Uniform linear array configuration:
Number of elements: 8
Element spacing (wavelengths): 0.75
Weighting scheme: uniform
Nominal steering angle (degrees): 60
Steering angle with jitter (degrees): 61.575
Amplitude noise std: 0.05
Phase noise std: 0.05

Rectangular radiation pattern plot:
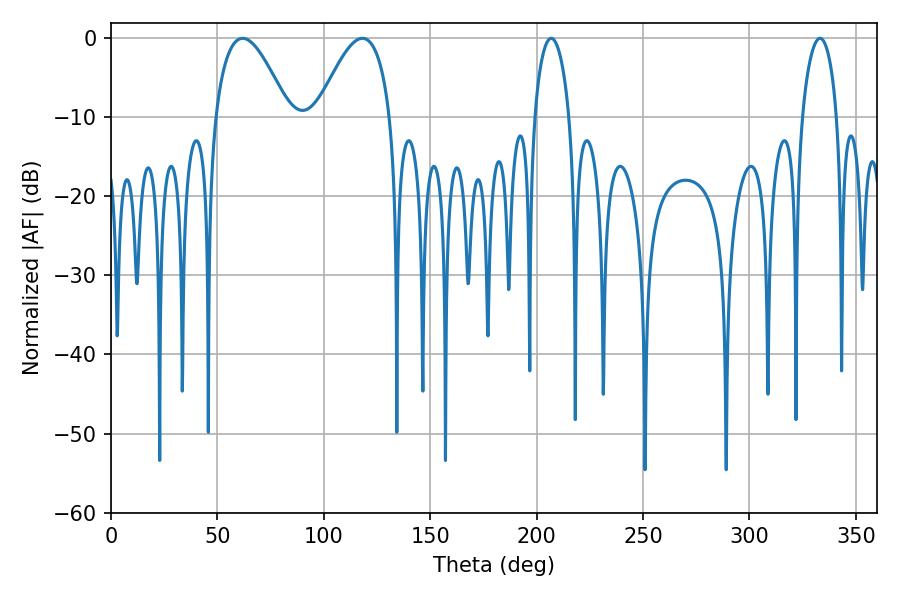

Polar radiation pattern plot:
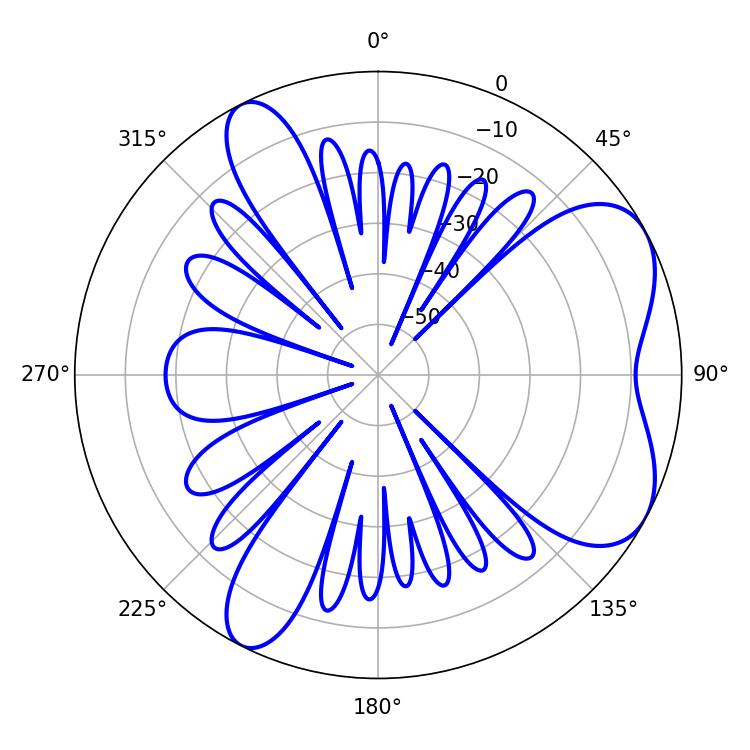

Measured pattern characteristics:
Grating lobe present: TRUE
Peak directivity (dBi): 6.158
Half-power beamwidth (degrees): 9.36
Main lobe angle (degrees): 206.82